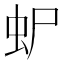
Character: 𮓴